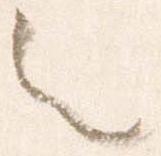
々